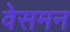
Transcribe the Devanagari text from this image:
वेसमन